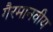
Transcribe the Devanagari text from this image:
गैरमानवीय